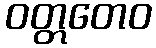
ဝတ္တတေဝ